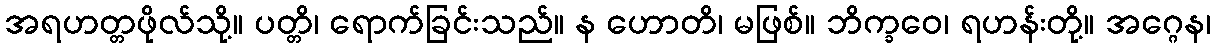
အရဟတ္တဖိုလ်သို့။ ပတ္တိ၊ ရောက်ခြင်းသည်။ န ဟောတိ၊ မဖြစ်။ ဘိက္ခဝေ၊ ရဟန်းတို့။ အဂ္ဂေန၊